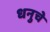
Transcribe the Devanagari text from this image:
धनुचे